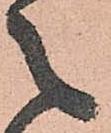
之